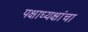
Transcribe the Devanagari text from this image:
पक्षाध्यक्षांचा